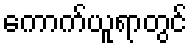
ကောက်ယူရာတွင်